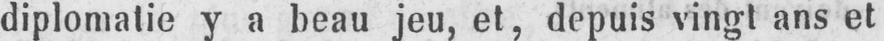
diplomatie y a beau jeu, et, depuis vingt ans et